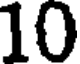
10